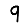
Digit: 9